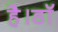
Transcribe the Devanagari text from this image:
है।डॉ